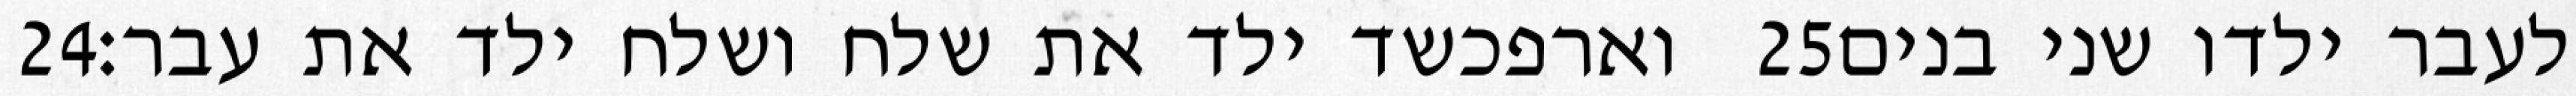
‎24‏ וארפכשד ילד את שלח ושלח ילד את עבר׃ ‎25‏ לעבר ילדו שני בנים